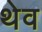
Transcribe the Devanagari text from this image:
थेव